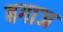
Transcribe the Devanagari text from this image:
बगाज